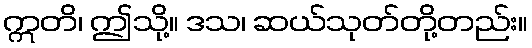
ဣတိ၊ ဤသို့။ ဒသ၊ ဆယ်သုတ်တို့တည်း။